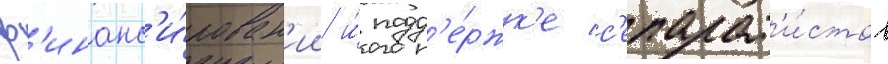
ф'инанс'и́рован'ии и́ подд'е́ржк'е с'епарат'и́стов